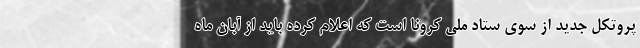
پروتکل جدید از سوی ستاد ملی کرونا است که اعلام کرده باید از آبان ماه